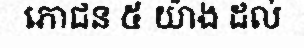
ភោជន ៥ យ៉ាង ដល់